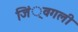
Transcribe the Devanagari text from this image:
जिं्वगली